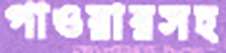
পাওয়ারসহ